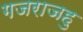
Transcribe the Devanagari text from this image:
गजराजहु